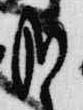
哉